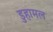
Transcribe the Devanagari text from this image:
डुहामल